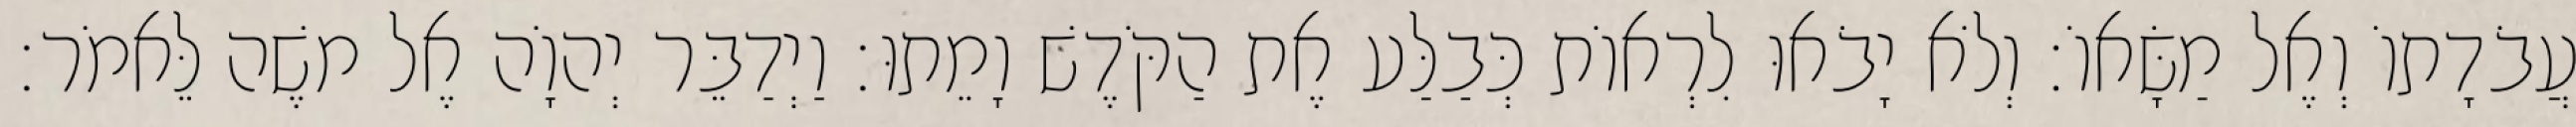
עֲבֹדָתוֹ וְאֶל מַשָּׂאוֹ׃ וְלֹא יָבֹאוּ לִרְאוֹת כְּבַלַּע אֶת הַקֹּדֶשׁ וָמֵתוּ׃ וַיְדַבֵּר יְהוָֹה אֶל משֶׁה לֵּאמֹר׃